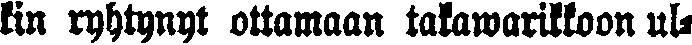
kin ryhtynyt ottamaan takawarikkoon ul-